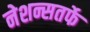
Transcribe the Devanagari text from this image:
नेशन्सतर्फे